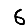
Digit: 6